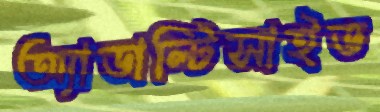
অ্যাডাল্টিসাইড